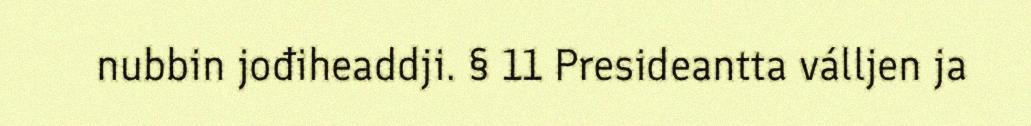
nubbin jođiheaddji. § 11 Presideantta válljen ja